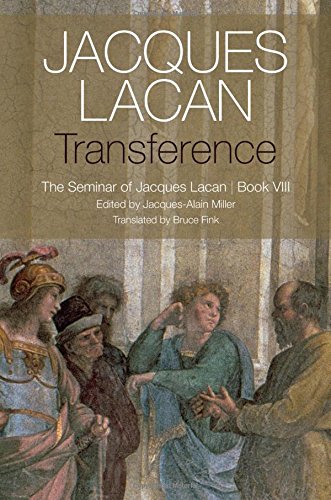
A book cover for Transference: The Seminar of Jacques Lacan, Book VIII; Jacques Lacan; Literature & Fiction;